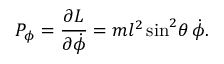
P _ { \phi } = { \frac { \partial L } { \partial { \dot { \phi } } } } = m l ^ { 2 } \sin ^ { 2 } \! \theta \, { \dot { \phi } } .